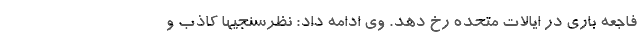
فاجعه باری در ایالات متحده رخ دهد. وی ادامه داد: نظرسنجیها کاذب و